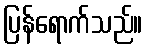
ပြန်ရောက်သည်။